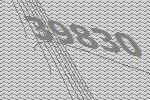
39830